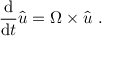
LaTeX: { \frac { \mathrm { d } } { \mathrm { d } t } } { \hat { \boldsymbol { u } } } = { \boldsymbol { \Omega \times { \hat { u } } } } \ .